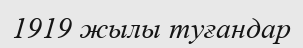
1919 жылы туғандар